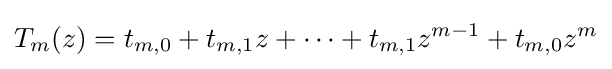
T_{m}(z)=t_{m,0}+t_{m,1}z+\cdots +t_{m,1}z^{m-1}+t_{m,0}z^{m}